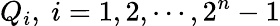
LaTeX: Q_{i},~i=1,2,\cdots,2^{n}-1